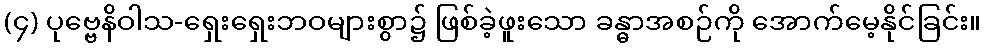
(၄) ပုဗ္ဗေနိဝါသ-ရှေးရှေးဘဝများစွာ၌ ဖြစ်ခဲ့ဖူးသော ခန္ဓာအစဉ်ကို အောက်မေ့နိုင်ခြင်း။